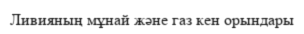
Ливияның мұнай және газ кен орындары